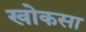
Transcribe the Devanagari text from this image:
खोकसा